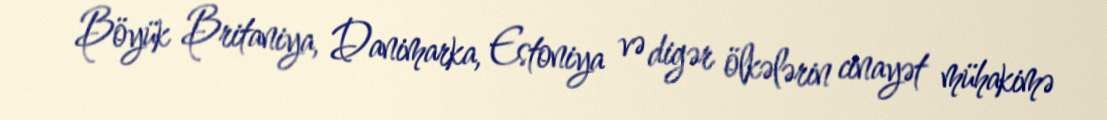
Böyük Britaniya, Danimarka, Estoniya və digər ölkələrin cinayət mühakimə